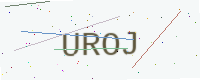
Text: UROJ